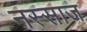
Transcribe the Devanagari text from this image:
नस्साज